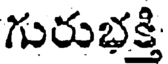
గురుభక్తి